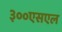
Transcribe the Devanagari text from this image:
३००एसएल